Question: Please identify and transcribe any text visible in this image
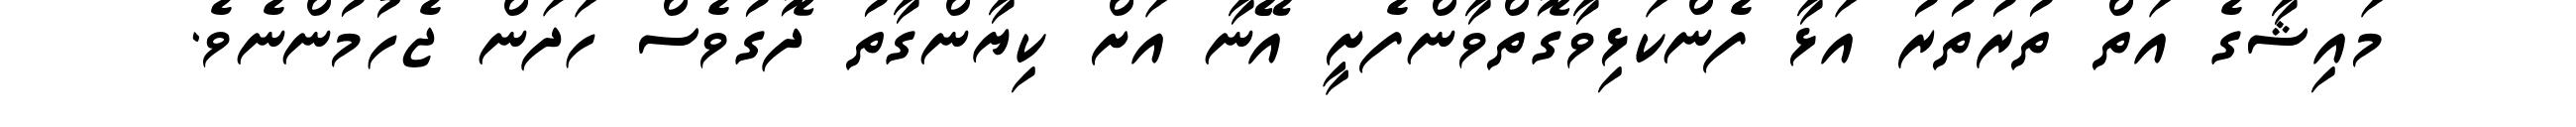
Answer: މައިޝާގެ އަތް ތުރުތުރު އަޅާ ފެންކަޅިވާގޮތްވާންފެށީ އޭނާ އަށް ކިޔާންގާތު ދޮގުވެސް ހަދަން ޖެހުމުންނެވެ.